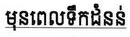
មុនពេលទឹកជំនន់